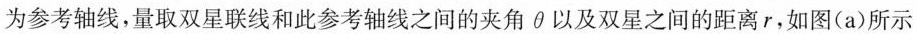
为参考轴线，量取双星联线和此参考轴线之间的夹角θ以及双星之间的距离r，如图(a)所示